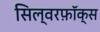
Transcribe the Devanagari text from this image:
सिल्वरफ़ॉक्स